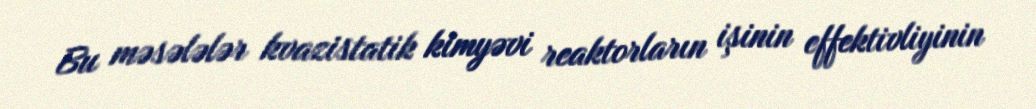
Bu məsələlər kvazistatik kimyəvi reaktorların işinin effektivliyinin